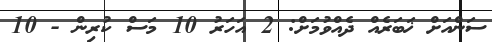
ސަންއަށް ޚަބަރެއް ދެއްވުމަށް: 2 އަހަރު 10 މަސް ކުރިން - 10